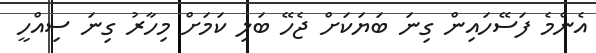
އެންމެ ފަސޭހައިން ގިނަ ބަޔަކަށް ޖެހޭ ބަލި ކަމަށް މިހާރު ގިނަ ސިއްހީ